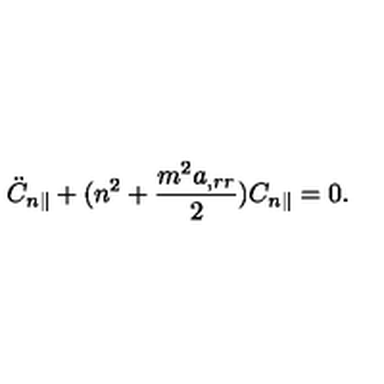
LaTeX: \ddot { C } _ { n \parallel } + ( n ^ { 2 } + \frac { m ^ { 2 } a _ { , r r } } { 2 } ) C _ { n \parallel } = 0 .